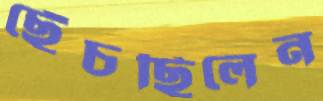
ছেঁচছিলেন